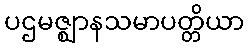
ပဌမဇ္ဈာနသမာပတ္တိယာ